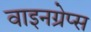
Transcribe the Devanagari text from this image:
वाइनग्रेप्स